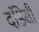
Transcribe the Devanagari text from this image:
दंडिसी